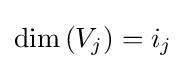
{\textstyle \operatorname {dim} \left(V_{j}\right)=i_{j}}